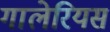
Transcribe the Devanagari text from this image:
गालेरियस